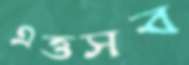
এত্তসব